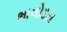
ભાલોદરા